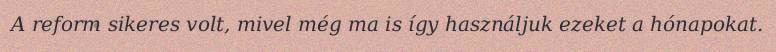
A reform sikeres volt, mivel még ma is így használjuk ezeket a hónapokat.